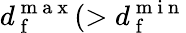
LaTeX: d_{\mathrm{~f~}}^{\mathrm{~m~a~x~}}(>d_{\mathrm{~f~}}^{\mathrm{~m~i~n~}}